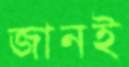
জানই